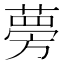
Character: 𫉐